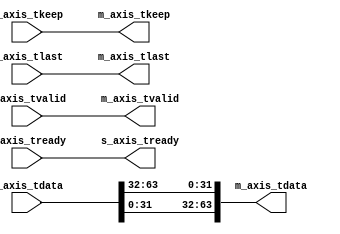

`timescale 1ns/100ps

module axis_data_reorder
#(
	parameter	DATA_WIDE		= 64						,
	parameter	DATA_TAP		= 32						
 ) (
	output								m_axis_tvalid		,
	input								m_axis_tready		,
	output		[DATA_WIDE-1:0]			m_axis_tdata		,
	output		[(DATA_WIDE/8)-1:0]		m_axis_tkeep		,
	output		[DATA_WIDE-1:0]			m_axis_tlast		,
 
	input								s_axis_tvalid		,
	output								s_axis_tready		,
	input		[DATA_WIDE-1:0]			s_axis_tdata		,
	input		[(DATA_WIDE/8)-1:0]		s_axis_tkeep		,
	input		[DATA_WIDE-1:0]			s_axis_tlast		
);
	localparam	REORDER_NUM		= DATA_WIDE/DATA_TAP		;
	
	assign m_axis_tvalid	= s_axis_tvalid		;
	assign s_axis_tready	= m_axis_tready		;
	assign m_axis_tkeep		= s_axis_tkeep		;
	assign m_axis_tlast		= s_axis_tlast		;
	
	generate
		if(REORDER_NUM == 2)
			begin
				assign m_axis_tdata =  {s_axis_tdata[DATA_TAP-1:0],
										s_axis_tdata[DATA_WIDE-1:DATA_TAP]};
			end
		else if(REORDER_NUM == 4)
			begin
				assign m_axis_tdata =  {s_axis_tdata[(DATA_WIDE-DATA_TAP*3)-1:(DATA_WIDE-DATA_TAP*4)],
										s_axis_tdata[(DATA_WIDE-DATA_TAP*2)-1:(DATA_WIDE-DATA_TAP*3)],
										s_axis_tdata[(DATA_WIDE-DATA_TAP*1)-1:(DATA_WIDE-DATA_TAP*2)],
										s_axis_tdata[(DATA_WIDE-DATA_TAP*0)-1:(DATA_WIDE-DATA_TAP*1)]};
			end
		else if(REORDER_NUM == 8)
			begin
				assign m_axis_tdata =  {s_axis_tdata[(DATA_WIDE-DATA_TAP*7)-1:(DATA_WIDE-DATA_TAP*8)],
										s_axis_tdata[(DATA_WIDE-DATA_TAP*6)-1:(DATA_WIDE-DATA_TAP*7)],
										s_axis_tdata[(DATA_WIDE-DATA_TAP*5)-1:(DATA_WIDE-DATA_TAP*6)],
										s_axis_tdata[(DATA_WIDE-DATA_TAP*4)-1:(DATA_WIDE-DATA_TAP*5)],
										s_axis_tdata[(DATA_WIDE-DATA_TAP*3)-1:(DATA_WIDE-DATA_TAP*4)],
										s_axis_tdata[(DATA_WIDE-DATA_TAP*2)-1:(DATA_WIDE-DATA_TAP*3)],
										s_axis_tdata[(DATA_WIDE-DATA_TAP*1)-1:(DATA_WIDE-DATA_TAP*2)],
										s_axis_tdata[(DATA_WIDE-DATA_TAP*0)-1:(DATA_WIDE-DATA_TAP*1)]};
			end
		else if(REORDER_NUM == 16)
			begin
				assign m_axis_tdata =  {s_axis_tdata[(DATA_WIDE-DATA_TAP*15)-1:(DATA_WIDE-DATA_TAP*16)],
										s_axis_tdata[(DATA_WIDE-DATA_TAP*14)-1:(DATA_WIDE-DATA_TAP*15)],
										s_axis_tdata[(DATA_WIDE-DATA_TAP*13)-1:(DATA_WIDE-DATA_TAP*14)],
										s_axis_tdata[(DATA_WIDE-DATA_TAP*12)-1:(DATA_WIDE-DATA_TAP*13)],
										s_axis_tdata[(DATA_WIDE-DATA_TAP*11)-1:(DATA_WIDE-DATA_TAP*12)],
										s_axis_tdata[(DATA_WIDE-DATA_TAP*10)-1:(DATA_WIDE-DATA_TAP*11)],
										s_axis_tdata[(DATA_WIDE-DATA_TAP*9)-1:(DATA_WIDE-DATA_TAP*10)],
										s_axis_tdata[(DATA_WIDE-DATA_TAP*8)-1:(DATA_WIDE-DATA_TAP*9)],
										s_axis_tdata[(DATA_WIDE-DATA_TAP*7)-1:(DATA_WIDE-DATA_TAP*8)],
										s_axis_tdata[(DATA_WIDE-DATA_TAP*6)-1:(DATA_WIDE-DATA_TAP*7)],
										s_axis_tdata[(DATA_WIDE-DATA_TAP*5)-1:(DATA_WIDE-DATA_TAP*6)],
										s_axis_tdata[(DATA_WIDE-DATA_TAP*4)-1:(DATA_WIDE-DATA_TAP*5)],
										s_axis_tdata[(DATA_WIDE-DATA_TAP*3)-1:(DATA_WIDE-DATA_TAP*4)],
										s_axis_tdata[(DATA_WIDE-DATA_TAP*2)-1:(DATA_WIDE-DATA_TAP*3)],
										s_axis_tdata[(DATA_WIDE-DATA_TAP*1)-1:(DATA_WIDE-DATA_TAP*2)],
										s_axis_tdata[(DATA_WIDE-DATA_TAP*0)-1:(DATA_WIDE-DATA_TAP*1)]};
			end
	endgenerate
	
endmodule